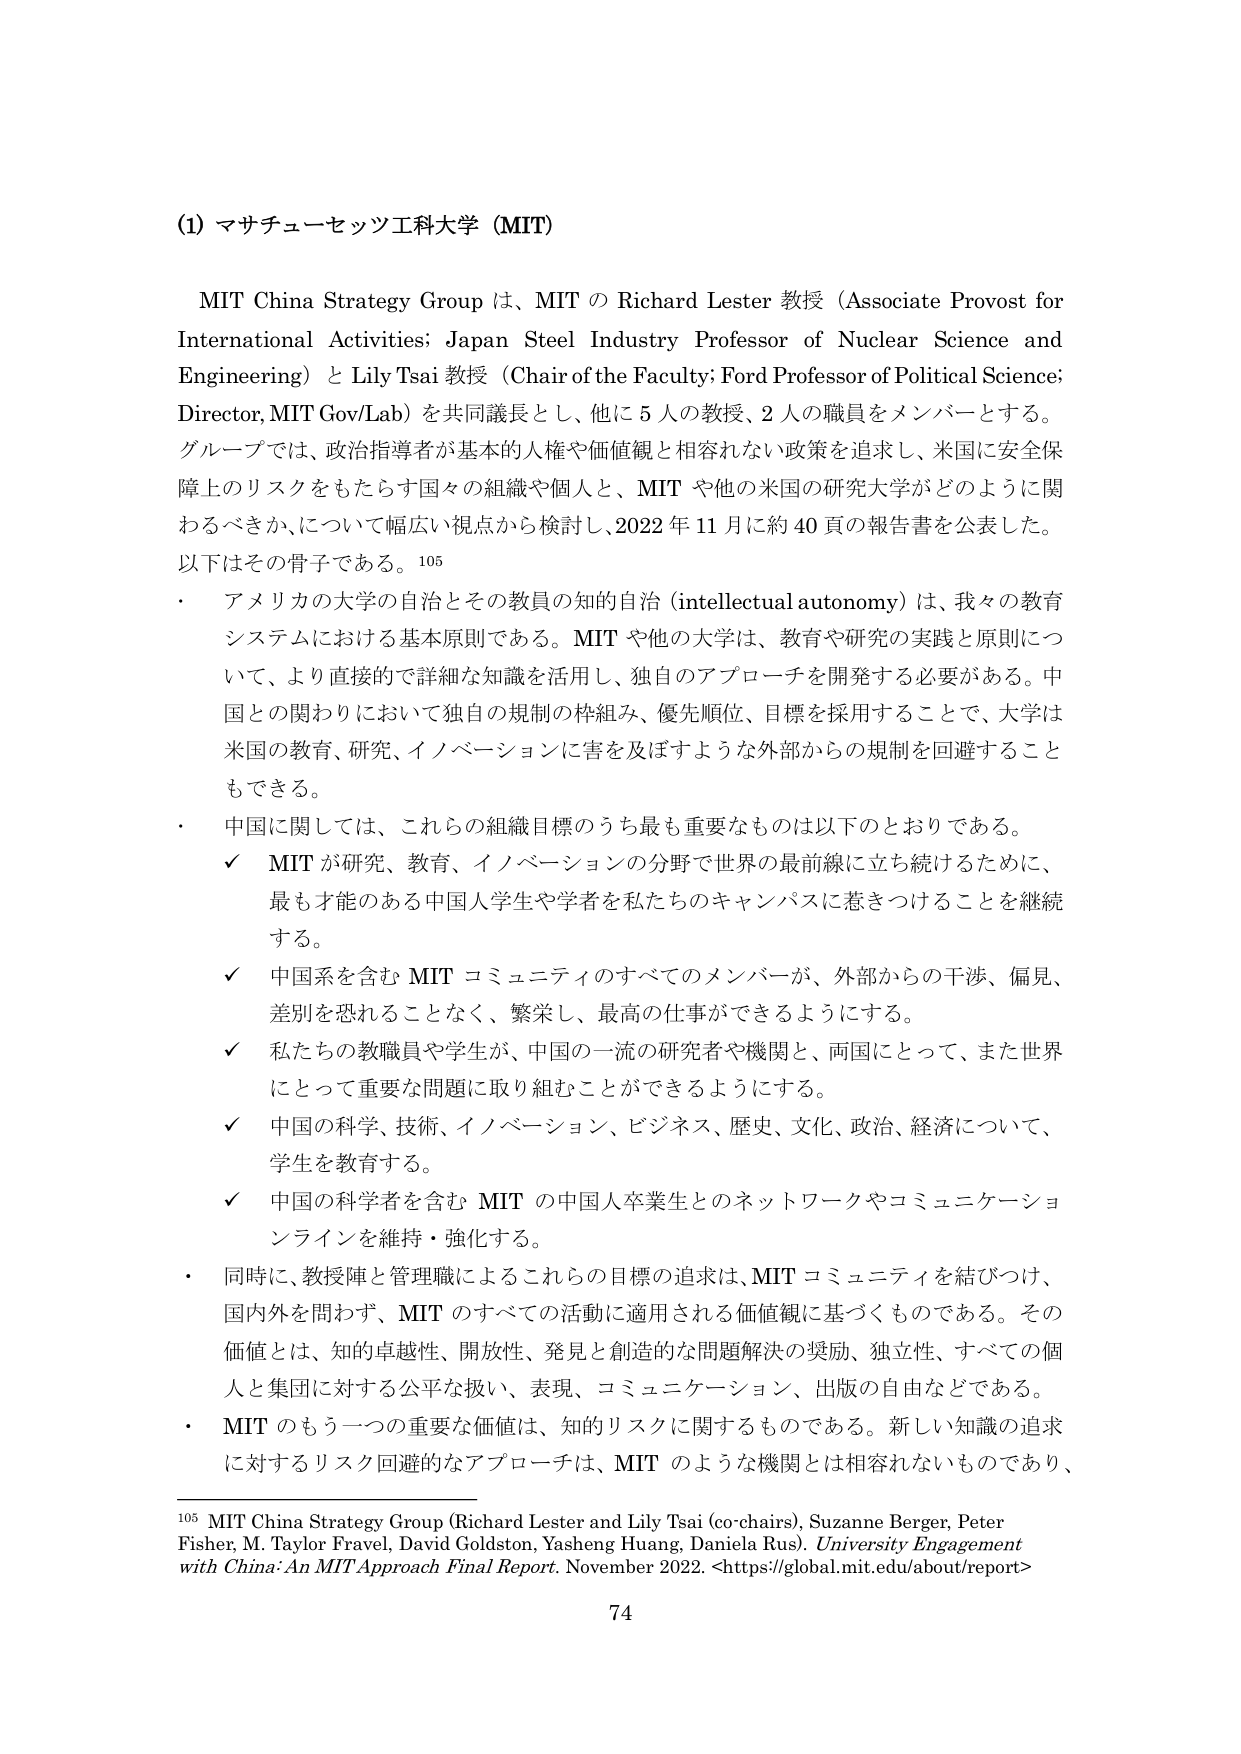
(1) マサチューセッツ工科大学 (MIT)

MIT China Strategy Group は、MIT の Richard Lester 教授 (Associate Provost for International Activities; Japan Steel Industry Professor of Nuclear Science and Engineering) と Lily Tsai 教授 (Chair of the Faculty; Ford Professor of Political Science; Director, MIT Gov/Lab) を共同議長とし、他に 5 人の教授、2 人の職員をメンバーとする。グループでは、政治指導者が基本的人権や価値観と相容れない政策を追求し、米国に安全保障上のリスクをもたらす国々の組織や個人と、MIT や他の米国の研究大学がどのように関わるべきか、について幅広い視点から検討し、2022 年 11 月に約 40 頁の報告書を公表した。以下はその骨子である。105

・ アメリカの大学の自治とその教員の知的自治 (intellectual autonomy) は、我々の教育システムにおける基本原則である。MIT や他の大学は、教育や研究の実践と原則について、より直接的で詳細な知識を活用し、独自のアプローチを開発する必要がある。中国との関わりにおいて独自の規制の枠組み、優先順位、目標を採用することで、大学は米国の教育、研究、イノベーションに害を及ぼすような外部からの規制を回避することもできる。

・ 中国に関しては、これらの組織目標のうち最も重要なものは以下のとおりである。

✓ MIT が研究、教育、イノベーションの分野で世界の最前線に立ち続けるために、最も才能のある中国人学生や学者を私たちのキャンパスに惹きつけることを継続する。

✓ 中国系を含む MIT コミュニティのすべてのメンバーが、外部からの干渉、偏見、差別を恐れることなく、繁栄し、最高の仕事ができるようにする。

✓ 私たちの教職員や学生が、中国の一流の研究者や機関と、両国にとって、また世界にとって重要な問題に取り組むことができるようにする。

✓ 中国の科学、技術、イノベーション、ビジネス、歴史、文化、政治、経済について、学生を教育する。

✓ 中国の科学者を含む MIT の中国人卒業生とのネットワークやコミュニケーションラインを維持・強化する。

・ 同時に、教授陣と管理職によるこれらの目標の追求は、MIT コミュニティを結びつけ、国内外を問わず、MIT のすべての活動に適用される価値観に基づくものである。その価値とは、知的卓越性、開放性、発見と創造的な問題解決の奨励、独立性、すべての個人と集団に対する公平な扱い、表現、コミュニケーション、出版の自由などである。

・ MIT のもう一つの重要な価値は、知的リスクに関するものである。新しい知識の追求に対するリスク回避的なアプローチは、MIT のような機関とは相容れないものであり、

105 MIT China Strategy Group (Richard Lester and Lily Tsai (co-chairs), Suzanne Berger, Peter Fisher, M. Taylor Fravel, David Goldston, Yasheng Huang, Daniela Rus). University Engagement with China: An MIT Approach Final Report. November 2022. <https://global.mit.edu/about/report>

74